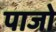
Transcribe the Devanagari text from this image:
पाजो